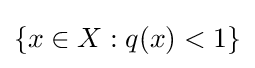
\{x\in X:q(x)<1\}